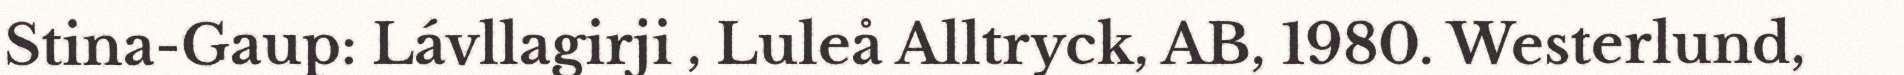
Stina-Gaup: Lávllagirji , Luleå Alltryck, AB, 1980. Westerlund,